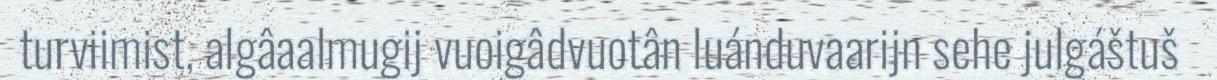
turviimist, algâaalmugij vuoigâdvuotân luánduvaarijn sehe julgáštuš